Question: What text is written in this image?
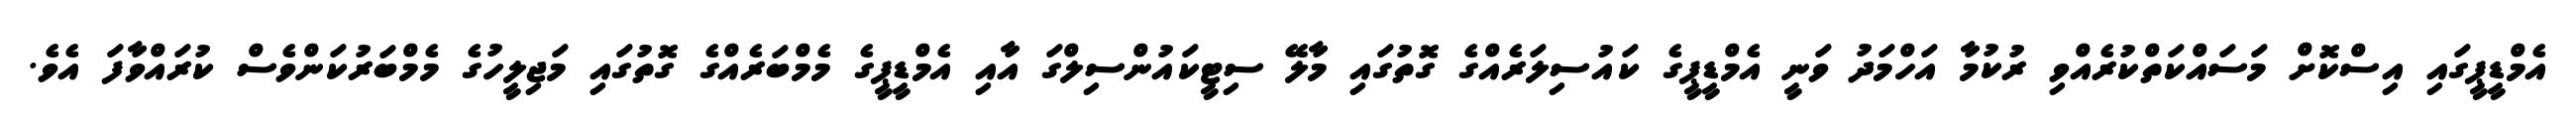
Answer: އެމްޑީޕީގައި އިސްކޮށް މަސައްކަތްކުރެއްވި ރުކުމާ އަހްމަދު ވަނީ އެމްޑީޕީގެ ކައުސިލަރެއްގެ ގޮތުގައި މާލޭ ސިޓީކައުންސިލްގަ އާއި އެމްޑީޕީގެ މެމްބަރެއްގެ ގޮތުގައި މަޖިލީހުގެ މެމްބަރުކަންވެސް ކުރައްވާފަ އެވެ.